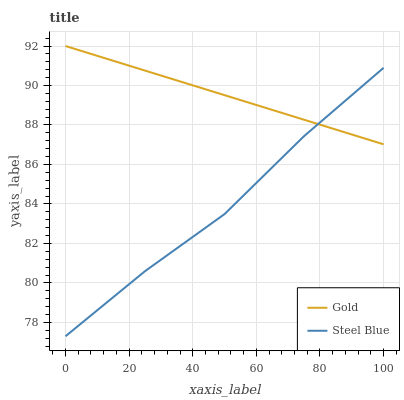
| xaxis_label | Gold | Steel Blue |
 | --- | --- | --- |
 | 0 | 92 | 77.3 |
 | 25 | 90.8 | 80.6 |
 | 50 | 89.5 | 83.5 |
 | 75 | 88.3 | 87.4 |
 | 100 | 87 | 90.9 |